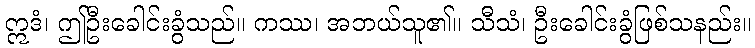
ဣဒံ၊ ဤဦးခေါင်းခွံသည်။ ကဿ၊ အဘယ်သူ၏။ သီသံ၊ ဦးခေါင်းခွံဖြစ်သနည်း။